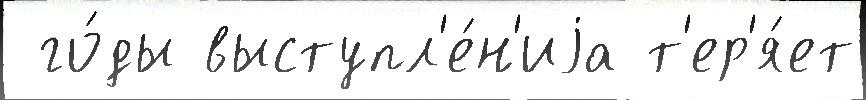
 го́ды выступл'е́н'иjа т'ер'я́ет